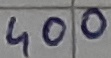
Text: 400